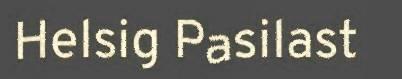
Helsig Pasilast